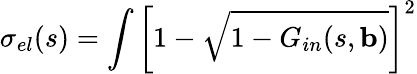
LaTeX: \sigma_{el}(s)=\int\left[1-\sqrt{1-G_{in}(s,\mathbf{b})}\right]^{2}